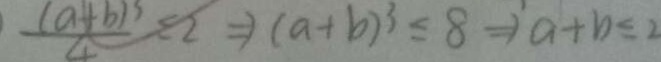
\frac { ( a + b ) ^ { 3 } } { 4 } \leq 2 \Rightarrow ( a + b ) ^ { 3 } \leq 8 \Rightarrow a + b \leq 2